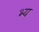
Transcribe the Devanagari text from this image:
भ्य